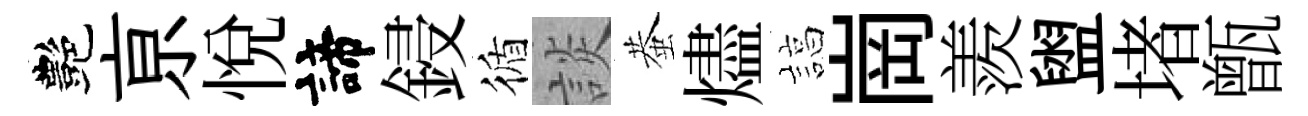
艷亰悦諦鋟循談蛬燼諄崗羨盥堵甑